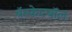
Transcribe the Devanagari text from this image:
बॅस्केटबॉल